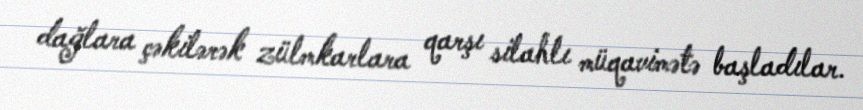
dağlara çəkilərək zülmkarlara qarşı silahlı müqavimətə başladılar.